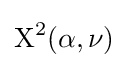
{\text{X}}^{2}(\alpha ,\nu )